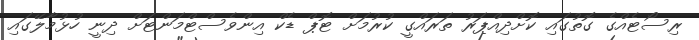
ރިސޯޓެއްގެ ގޮތުގައި ކޮށްދިއްޕަރު ތަރައްގީ ކުރުމަށް ޓޮޕް ޑެކް އިންވެސްޓްމަންޓަށް ދިނީ ހުޅުމާލޭގައި